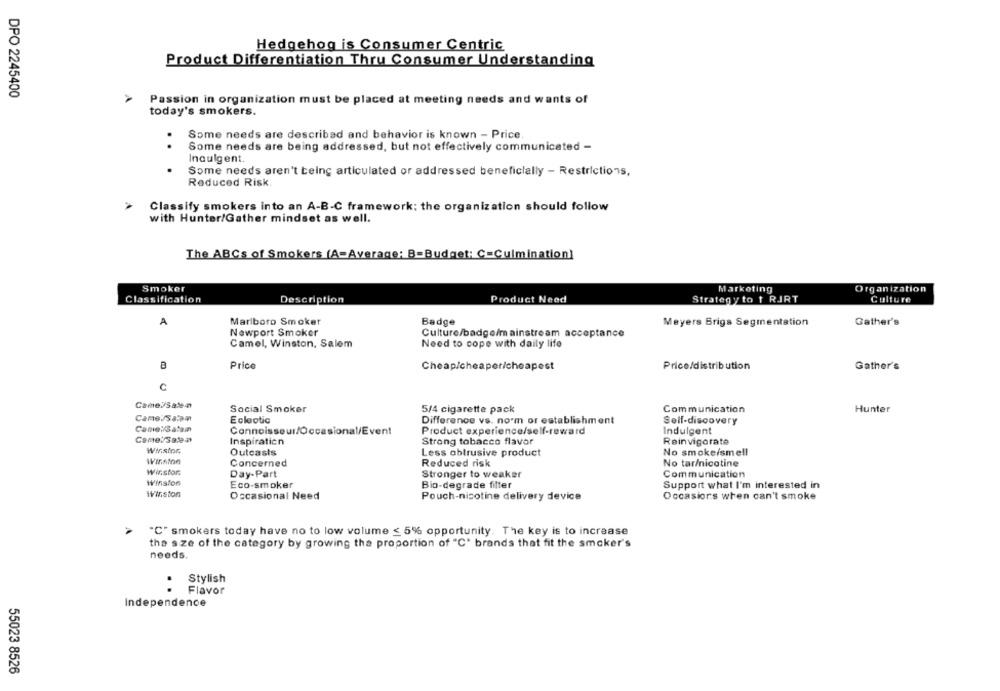
Hedgehog is Consumer Centric
Product Differentiation Thru Consumer Understanding
DPO 2245400
Passion in organization must be placed at meeting needs and wants of
today's smokers.
Some needs are described and behavior is known - Price
.
Some needs are being addressed, but not effectively communicated -
Indulgent.
Some needs aren't being articulated or addressed beneficially - Restrictions,
Reduced Risk
Classify smokers into an A-B-C framework: the organization should follow
with Hunter/Gather mindset as well.
The ABCs of Smokers (A-Average: B=Budget: C=Culmination]
Smoker
Marketing
Organization
Classification
Description
Product Need
Strategy to f RJRT
Culture
A
Marlboro Smoker
Badge
Meyers Brigs Segmentation
Gather's
Newport Smoker
Culture/badge/mainstream acceptance
Camel, Winston, Salem
Need to cope with daily life
Price
Cheap/cheaper/cheapest
Price/distribution
Gather's
C
Came/Sale4
Social Smoker
Communication
5/4 cigarette pack
Hunter
Came/Salon
Eclectic
Difference vs. no'm or establishment
Self-discovery
Came:/Satamn
Connoisseur/Occasional/Event
Product experience/self-reward
Indulgent
CamelSalea
Inspiration
Strong tobacco flavor
Reinvigorate
Wirstor
Outcasts
Less obtrusive product
No smokeisme !!
Winston
Concerned
Reduced risk
No tar/nicotine
Winston
Day-Part
Stronger to weaker
Communication
Winston
Eco-smoker
Bio-degrade filter
Support what I'm interested in
Winston
Occasional Need
Pouch-nicotine delivery device
Occasions when can't smoke
"C" smokers today have no to low volume ≤ 5% opportunity. The key is to increase
the size of the category by growing the proportion of "C" brands that fit the smoker's
needs.
Stylish
..
Flavor
Independence
55023 8526